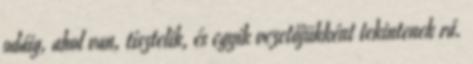
odáig, ahol van, tisztelik, és egyik vezetőjükként tekintenek rá.